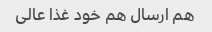
هم ارسال هم خود غذا عالی